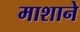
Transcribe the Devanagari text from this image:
माशाने